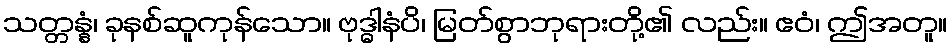
သတ္တန္နံ၊ ခုနစ်ဆူကုန်သော။ ဗုဒ္ဓါနံပိ၊ မြတ်စွာဘုရားတို့၏ လည်း။ ဧဝံ၊ ဤအတူ။